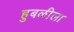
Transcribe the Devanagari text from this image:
हुबळीला